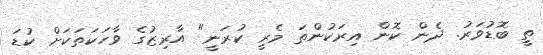
ތީ ބޮޑުވަރު. ދެން ކޮން އިރަކުންތަ މެރީ ކުރަނީ" އާރިޒުގެ ވާހަކަތަކަށް ކުޑަ